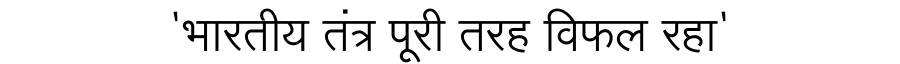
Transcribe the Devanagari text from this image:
'भारतीय तंत्र पूरी तरह विफल रहा'